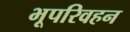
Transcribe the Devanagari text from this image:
भूपरिवहन